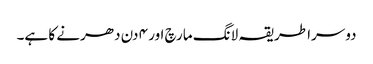
دوسرا طریقہ لانگ مارچ اور ۴ دن دھرنے کا ہے۔